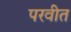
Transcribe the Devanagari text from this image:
परवीत